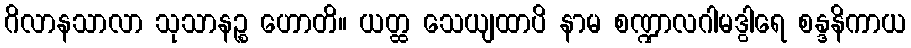
ဂိလာနသာလာ သုသာနဉ္စ ဟောတိ။ ယတ္ထ သေယျထာပိ နာမ စဏ္ဍာလဂါမဒွါရေ စန္ဒနိကာယ